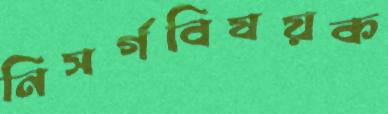
নিসর্গবিষয়ক